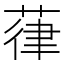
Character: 葎